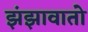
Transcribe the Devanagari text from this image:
झंझावातो